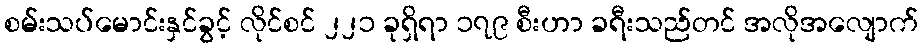
စမ်းသပ်မောင်းနှင်ခွင့် လိုင်စင် ၂၂၁ ခုရှိရာ ၁၇၉ စီးဟာ ခရီးသည်တင် အလိုအလျောက်